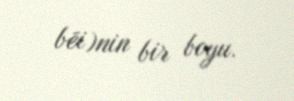
bēi)nin bir boyu.